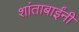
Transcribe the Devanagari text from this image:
शांताबार्इंनी